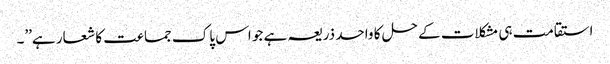
استقامت ہی مشکلات کے حل کا واحد ذریعہ ہے جو اس پاک جماعت کا شعار ہے’’۔